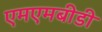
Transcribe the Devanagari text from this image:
एमएमबीडी